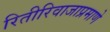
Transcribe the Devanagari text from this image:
रितीरिवाजाप्रमाणे